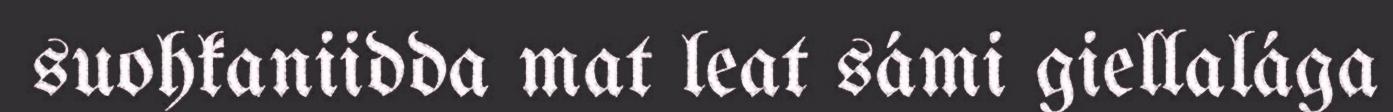
suohkaniidda mat leat sámi giellalága